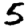
Digit: 5